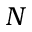
N